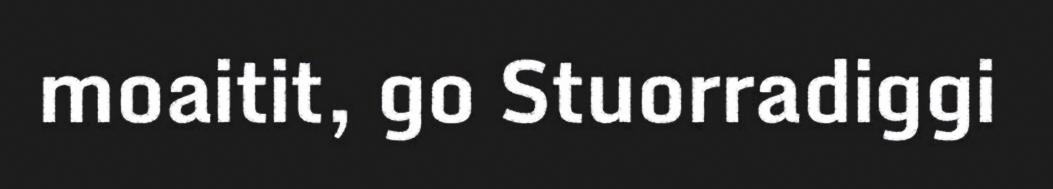
moaitit, go Stuorradiggi